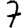
Digit: 7